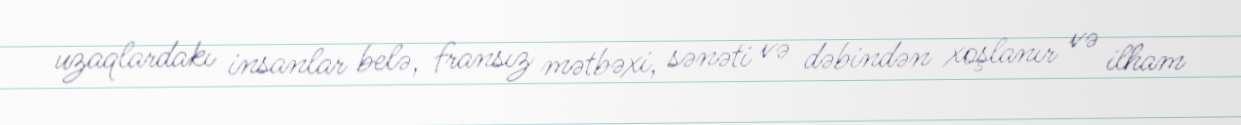
uzaqlardakı insanlar belə, fransız mətbəxi, sənəti və dəbindən xoşlanır və ilham